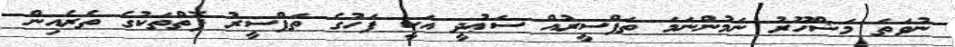
ނުވަތަ މަޝްހޫރު ނަމުންނަމަ ތަފްސީރުއް ސަޢުދީ އަކީ ފަހުގެ ތަފްސީރު ފޮތްތަކުގެ ތެރެއިން